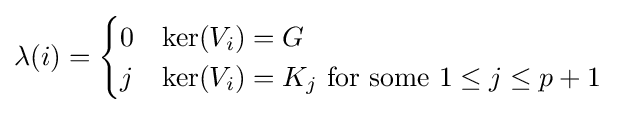
\lambda (i)={\begin{cases}0&\ker(V_{i})=G\\j&\ker(V_{i})=K_{j}{\text{ for some }}1\leq j\leq p+1\end{cases}}